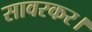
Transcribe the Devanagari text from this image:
सावरकर।